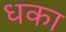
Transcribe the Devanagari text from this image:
धका